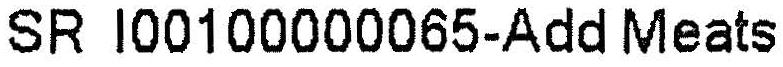
SR I00100000065-ADD MEATS